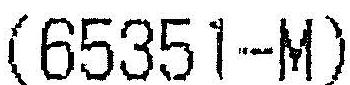
(65351-M)